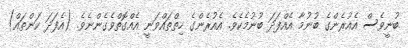
ބުނީވެސް އެއުރެންގެ ބުނުމާ އެއްފަދަ ބުނުމެކެވެ. އެއުރެންގެ ހިތްތައްވަނީ އެއްގޮތްވެގެންނެވެ. (އެފަދަ ކަންތައް)